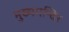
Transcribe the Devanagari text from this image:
मुख्यमन्दिर